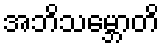
အဘိသမ္ဘောတိ